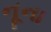
નૂના